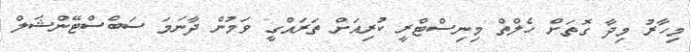
މިހާރު މިދާ ގޮތަށް ހެލްތް މިނިސްޓްރީ ކުރިއަށް ތަރައްގީ ވަމުން ދާނަމަ ސަބްސްޓޭންޝަލް